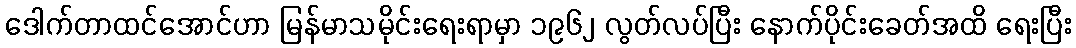
ဒေါက်တာထင်အောင်ဟာ မြန်မာသမိုင်းရေးရာမှာ ၁၉၆၂ လွတ်လပ်ပြီး နောက်ပိုင်းခေတ်အထိ ရေးပြီး